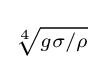
\scriptstyle {\sqrt[{4}]{g\sigma /\rho }}